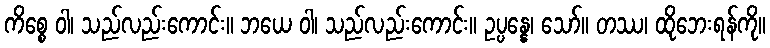
ကိစ္စေ ဝါ၊ သည်လည်းကောင်း။ ဘယေ ဝါ၊ သည်လည်းကောင်း။ ဥပ္ပန္နေ၊ သော်။ တဿ၊ ထိုဘေးရန်ကို။